Annual report of the Civil Veterinary Department, Bengal, and of the Bengal Veterinary College for the year 1905-1906 - 1905-1906
Year: 1905
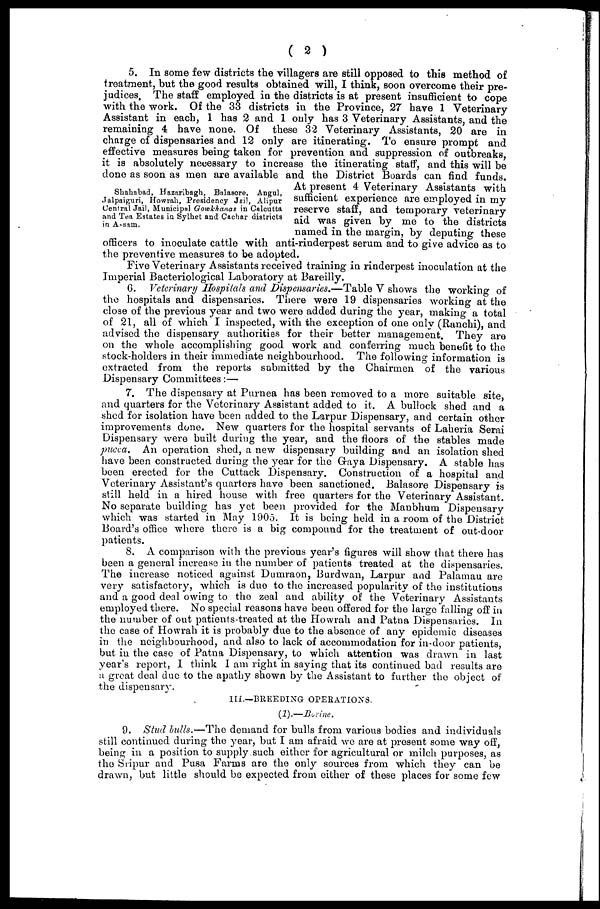
(2)
Shahabad, Hazaribagh, Balasore, Angul,
Jalpaiguri, Howrah, Presidency Jail, Alipur
Central Jail, Municipal Gowkhanas in Calcutta
and Tea Estates in Sylhet and Cachar districts
in Assam.
5. In some few districts the villagers are still opposed to this method of
treatment, but the good results obtained will, I think, soon overcome their pre-
judices. The staff employed in the districts is at present insufficient to cope
with the work. Of the 33 districts in the Province, 27 have 1 Veterinary
Assistant in each, 1 has 2 and 1 only has 3 Veterinary Assistants, and the
remaining 4 have none. Of these 32 Veterinary Assistants, 20 are in
charge of dispensaries and 12 only are itinerating. To ensure prompt and
effective measures being taken for prevention and suppression of outbreaks,
it is absolutely necessary to increase the itinerating staff, and this will be
done as soon as men are available and the District Boards can find funds.
At present 4 Veterinary Assistants with
sufficient experience are employed in my
reserve staff, and temporary veterinary
aid was given by me to the districts
named in the margin, by deputing these
officers to inoculate cattle with anti-rinderpest serum and to give advice as to
the preventive measures to be adopted.
Five Veterinary Assistants received training in rinderpest inoculation at the
Imperial Bacteriological Laboratory at Bareilly.
6. Veterinary Hospitals and Dispensaries.—Table V shows the working of
the hospitals and dispensaries. There were 19 dispensaries working at the
close of the previous year and two were added during the year, making a total
of 21, all of which I inspected, with the exception of one only (Ranchi), and
advised the dispensary authorities for their better management. They are
on the whole accomplishing good work and conferring much benefit to the
stock-holders in their immediate neighbourhood. The following information is
extracted from the reports submitted by the Chairmen of the various
Dispensary Committees:—
7. The dispensary at Purnea has been removed to a more suitable site,
and quarters for the Veterinary Assistant added to it. A bullock shed and a
shed for isolation have been added to the Larpur Dispensary, and certain other
improvements done. New quarters for the hospital servants of Laheria Serai
Dispensary were built during the year, and the floors of the stables made
pucca. An operation shed, a new dispensary building and an isolation shed
have been constructed during the year for the Gaya Dispensary. A stable has
been erected for the Cuttack Dispensary. Construction of a hospital and
Veterinary Assistant's quarters have been sanctioned. Balasore Dispensary is
still held in a hired house with free quarters for the Veterinary Assistant.
No separate building has yet been provided for the Manbhum Dispensary
which was started in May 1905. It is being held in a room of the District
Board's office where there is a big compound for the treatment of out-door
patients.
8. A comparison with the previous year's figures will show that there has
been a general increase in the number of patients treated at the dispensaries.
The increase noticed against Dumraon, Burdwan, Larpur and Palamau are
very satisfactory, which is due to the increased popularity of the institutions
and a good deal owing to the zeal and ability of the Veterinary Assistants
employed there. No special reasons have been offered for the large falling off in
the number of out patients-treated at the Howrah and Patna Dispensaries. In
the case of Howrah it is probably due to the absence of any epidemic diseases
in the neighbourhood, and also to lack of accommodation for in-door patients,
but in the case of Patna Dispensary, to which attention was drawn in last
year's report, I think I am right in saying that its continued bad results are
a great deal duo to the apathy shown by the Assistant to further the object of
the dispensary.
III.—BREEDING OPERATIONS.
(1).—Borine.
9. Stud bulls.—The demand for bulls from various bodies and individuals
still continued during the year, but I am afraid we are at present some way off,
being in a position to supply such either for agricultural or milch purposes, as
the Sripur and Pusa Farms are the only sources from which they can be
drawn, but little should be expected from either of these places for some few